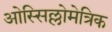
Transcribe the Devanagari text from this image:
ओस्सिल्लोमेत्रिक